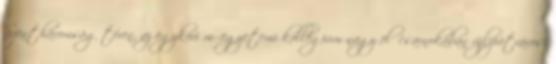
Szentháromság téren, az egykori műegyetemi kollégium nagy előcsarnokában újlipótvárosi